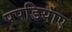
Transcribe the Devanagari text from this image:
पपडियाए